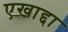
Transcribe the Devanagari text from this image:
एखाद्दा